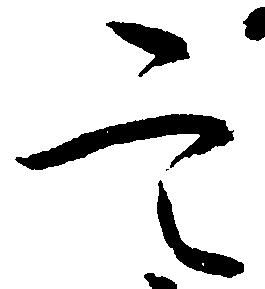
定